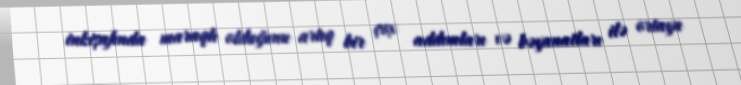
inkişafında maraqlı olduğunu artıq bir çox addımları və bəyanatları ilə ortaya